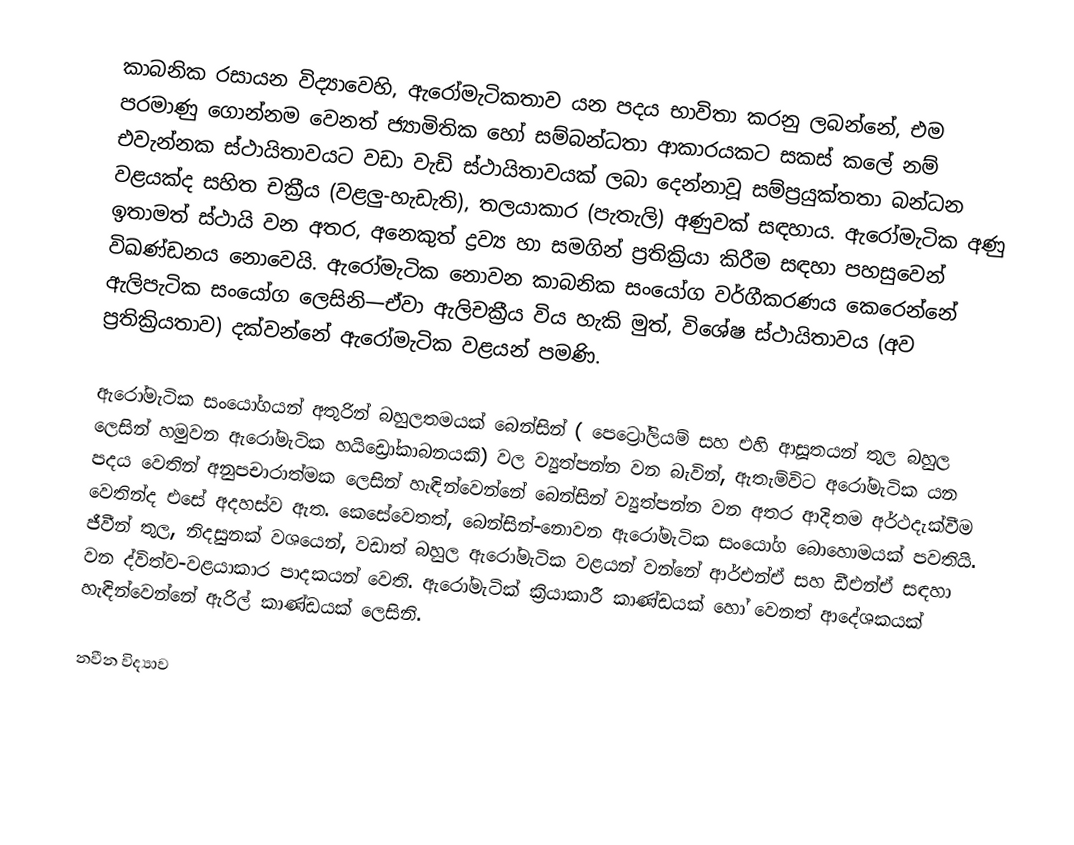
කාබනික රසායන විද්‍යාවෙහි, ඇරෝමැටිකතාව යන පදය භාවිතා කරනු ලබන්නේ,   එම පරමාණු ගොන්නම වෙනත් ජ්‍යාමිතික හෝ සම්බන්ධතා ආකාරයකට සකස් කලේ නම් එවැන්නක ස්ථායිතාවයට වඩා වැඩි ස්ථායිතාවයක් ලබා දෙන්නාවූ  සම්ප්‍රයුක්තතා බන්ධන වළයක්ද සහිත  චක්‍රීය (වළලු-හැඩැති), තලයාකාර (පැතැලි) අණුවක් සඳහාය. ඇරෝමැටික අණු ඉතාමත් ස්ථායි වන අතර, අනෙකුත් ද්‍රව්‍ය හා සමගින් ප්‍රතික්‍රියා කිරීම සඳහා පහසුවෙන් විඛණ්ඩනය නොවෙයි. ඇරෝමැටික නොවන කාබනික සංයෝග වර්ගීකරණය කෙරෙන්නේ ඇලිපැටික සංයෝග ලෙසිනි—ඒවා  ඇලිචක්‍රීය විය හැකි මුත්, විශේෂ ස්ථායිතාවය (අව  ප්‍රතික්‍රියතාව) දක්වන්නේ ඇරෝමැටික වළයන් පමණි.

ඇරෝමැටික සංයෝගයන් අතුරින් බහුලතමයක් බෙන්සින් ( පෙට්‍රෝලියම් සහ එහි  ආසූතයන් තුල බහුල ලෙසින් හමුවන ඇරෝමැටික හයිඩ්‍රෝකාබනයකි) වල ව්‍යුත්පන්න වන බැවින්,  ඇතැම්විට අරෝමැටික  යන පදය වෙතින් අනුපචාරාත්මක ලෙසින් හැඳින්වෙන්නේ බෙන්සින් ව්‍යුත්පන්න වන අතර ආදිතම අර්ථදැක්වීම වෙතින්ද එසේ අදහස්ව ඇත. කෙසේවෙතත්, බෙන්සින්-නොවන ඇරෝමැටික සංයෝග බොහොමයක් පවතියි. ජීවීන් තුල, නිදසුනක් වශයෙන්, වඩාත් බහුල ඇරෝමැටික වළයන් වන්නේ ආර්එන්ඒ සහ ඩීඑන්ඒ සඳහා වන ද්විත්ව-වළයාකාර  පාදකයන් වෙති. ඇරෝමැටික්  ක්‍රියාකාරී කාණ්ඩයක් හෝ වෙනත්  ආදේශකයක් හැඳින්වෙන්නේ ඇරිල් කාණ්ඩයක් ලෙසිනි.

නවීන විද්‍යාව